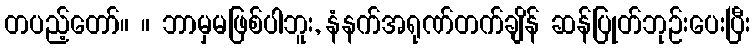
တပည့်တော်။ ။ ဘာမှမဖြစ်ပါဘူး, နံနက်အရုဏ်တက်ချိန် ဆန်ပြုတ်ဘုဉ်းပေးပြီး